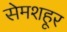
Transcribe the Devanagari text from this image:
सेमशहूर